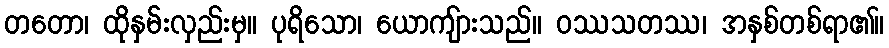
တတော၊ ထိုနှမ်းလှည်းမှ။ ပုရိသော၊ ယောကျ်ားသည်။ ဝဿသတဿ၊ အနှစ်တစ်ရာ၏။